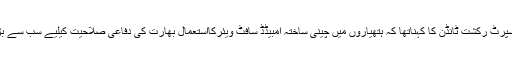
سائبرسیکیورٹی ایکسپرٹ رکشت ٹانڈن کا کہناتھا کہ ہتھیاروں میں چینی ساختہ امبیڈڈ سافٹ ویئرکااستعمال بھارت کی دفاعی صلاحیت کیلیے سب سے بڑا خطرہ بن چکاہے۔